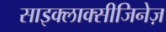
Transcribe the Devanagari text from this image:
साइक्लाक्सीजिनेज़